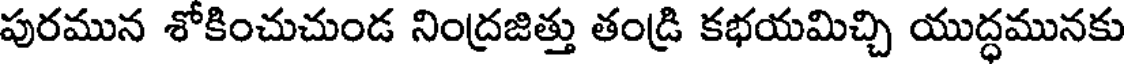
పురమున శోకించుచుండ నింద్రజిత్తు తండ్రి కభయమిచ్చి యుద్ధమునకు